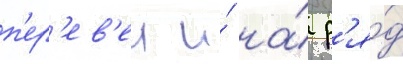
п'ер'ев'ел и́ на́ р'я́д